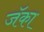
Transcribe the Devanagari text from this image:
जॅका